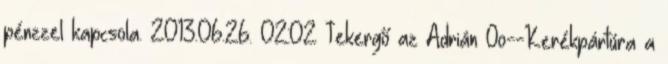
pénzzel kapcsola. 2013.06.26. 02:02 Tekergő az Adrián Oo--Kerékpártúra a